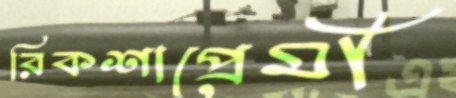
রিকশাপ্রেমী